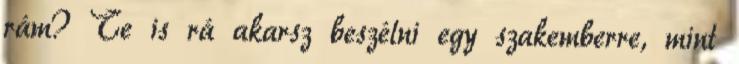
rám? Te is rá akarsz beszélni egy szakemberre, mint